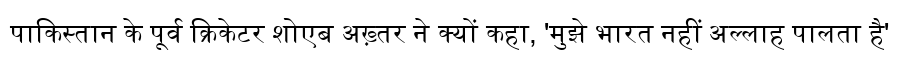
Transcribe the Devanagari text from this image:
पाकिस्तान के पूर्व क्रिकेटर शोएब अख़्तर ने क्यों कहा, 'मुझे भारत नहीं अल्लाह पालता है'